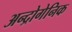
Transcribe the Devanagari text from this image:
अन्द्रोगेनिक